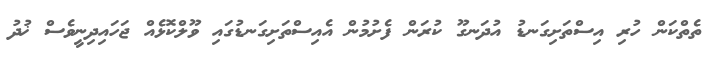
ތެތްކަން ހުރި އިސްތަށިގަނޑު އުދަނގޫ ކުރަން ފެށުމުން އެއިސްތަށިގަނޑުގައި ވޫލްކޮޅެއް ޖަހައިދިނީވެސް ޚުދު